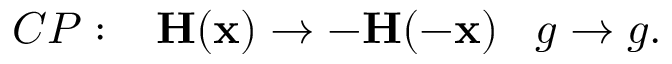
C P : \; \; \; { \bf H ( x ) } \rightarrow - { \bf H ( - x ) } \; \; \; g \rightarrow g .